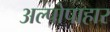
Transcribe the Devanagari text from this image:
अल्पोपाहार